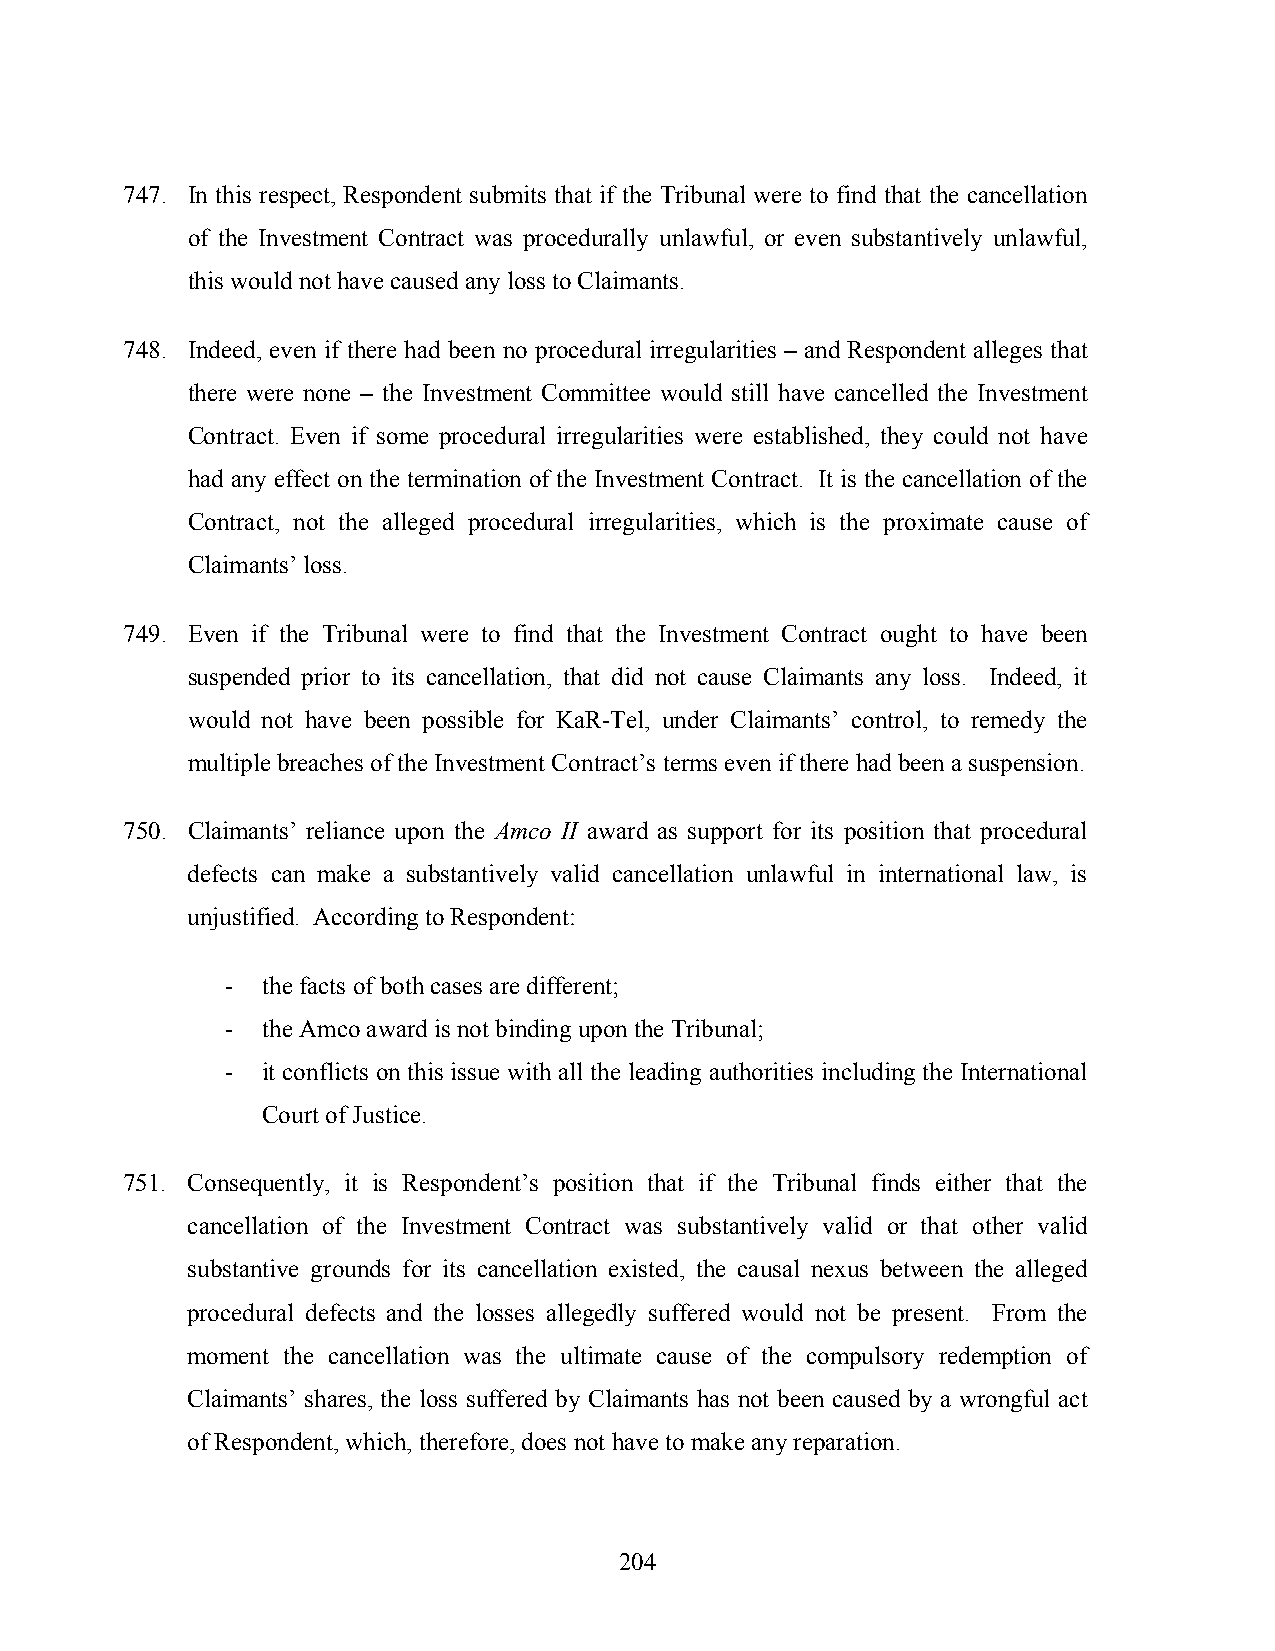
747. In this respect, Respondent submits that if the Tribunal were to find that the cancellation
 of the Investment Contract was procedurally unlawful, or even substantively unlawful,
 this would not have caused any loss to Claimants.
 748. Indeed, even if there had been no procedural irregularities – and Respondent alleges that
 there were none – the Investment Committee would still have cancelled the Investment
 Contract. Even if some procedural irregularities were established, they could not have
 had any effect on the termination of the Investment Contract. It is the cancellation of the
 Contract, not the alleged procedural irregularities, which is the proximate cause of
 Claimants’ loss.
 749. Even if the Tribunal were to find that the Investment Contract ought to have been
 suspended prior to its cancellation, that did not cause Claimants any loss. Indeed, it
 would not have been possible for KaR-Tel, under Claimants’ control, to remedy the
 multiple breaches of the Investment Contract’s terms even if there had been a suspension.
 750. Claimants’ reliance upon the Amco II award as support for its position that procedural
 defects can make a substantively valid cancellation unlawful in international law, is
 unjustified. According to Respondent:
 - the facts of both cases are different;
 - the Amco award is not binding upon the Tribunal;
 - it conflicts on this issue with all the leading authorities including the International
 Court of Justice.
 751. Consequently, it is Respondent’s position that if the Tribunal finds either that the
 cancellation of the Investment Contract was substantively valid or that other valid
 substantive grounds for its cancellation existed, the causal nexus between the alleged
 procedural defects and the losses allegedly suffered would not be present. From the
 moment the cancellation was the ultimate cause of the compulsory redemption of
 Claimants’ shares, the loss suffered by Claimants has not been caused by a wrongful act
 of Respondent, which, therefore, does not have to make any reparation.
 204